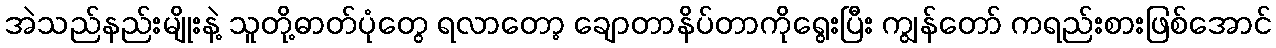
အဲသည်နည်းမျိုးနဲ့ သူတို့ဓာတ်ပုံတွေ ရလာတော့ ချောတာနိပ်တာကိုရွေးပြီး ကျွန်တော် ကရည်းစားဖြစ်အောင်